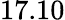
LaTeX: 17.10